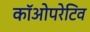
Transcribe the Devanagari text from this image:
कॉओपरेटिव